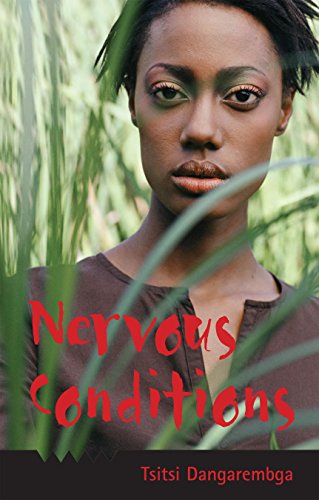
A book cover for Nervous Conditions [Import]; Tsitsi Dangarembga; Literature & Fiction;